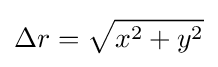
\Delta r={\sqrt {x^{2}+y^{2}}}